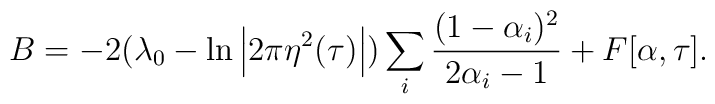
B = -2 (\lambda_0 -\ln \left| 2\pi\eta^2(\tau) \right|) \sum_i\frac{(1-\alpha_i)^2}{2\alpha_i-1} + F[\alpha,\tau].